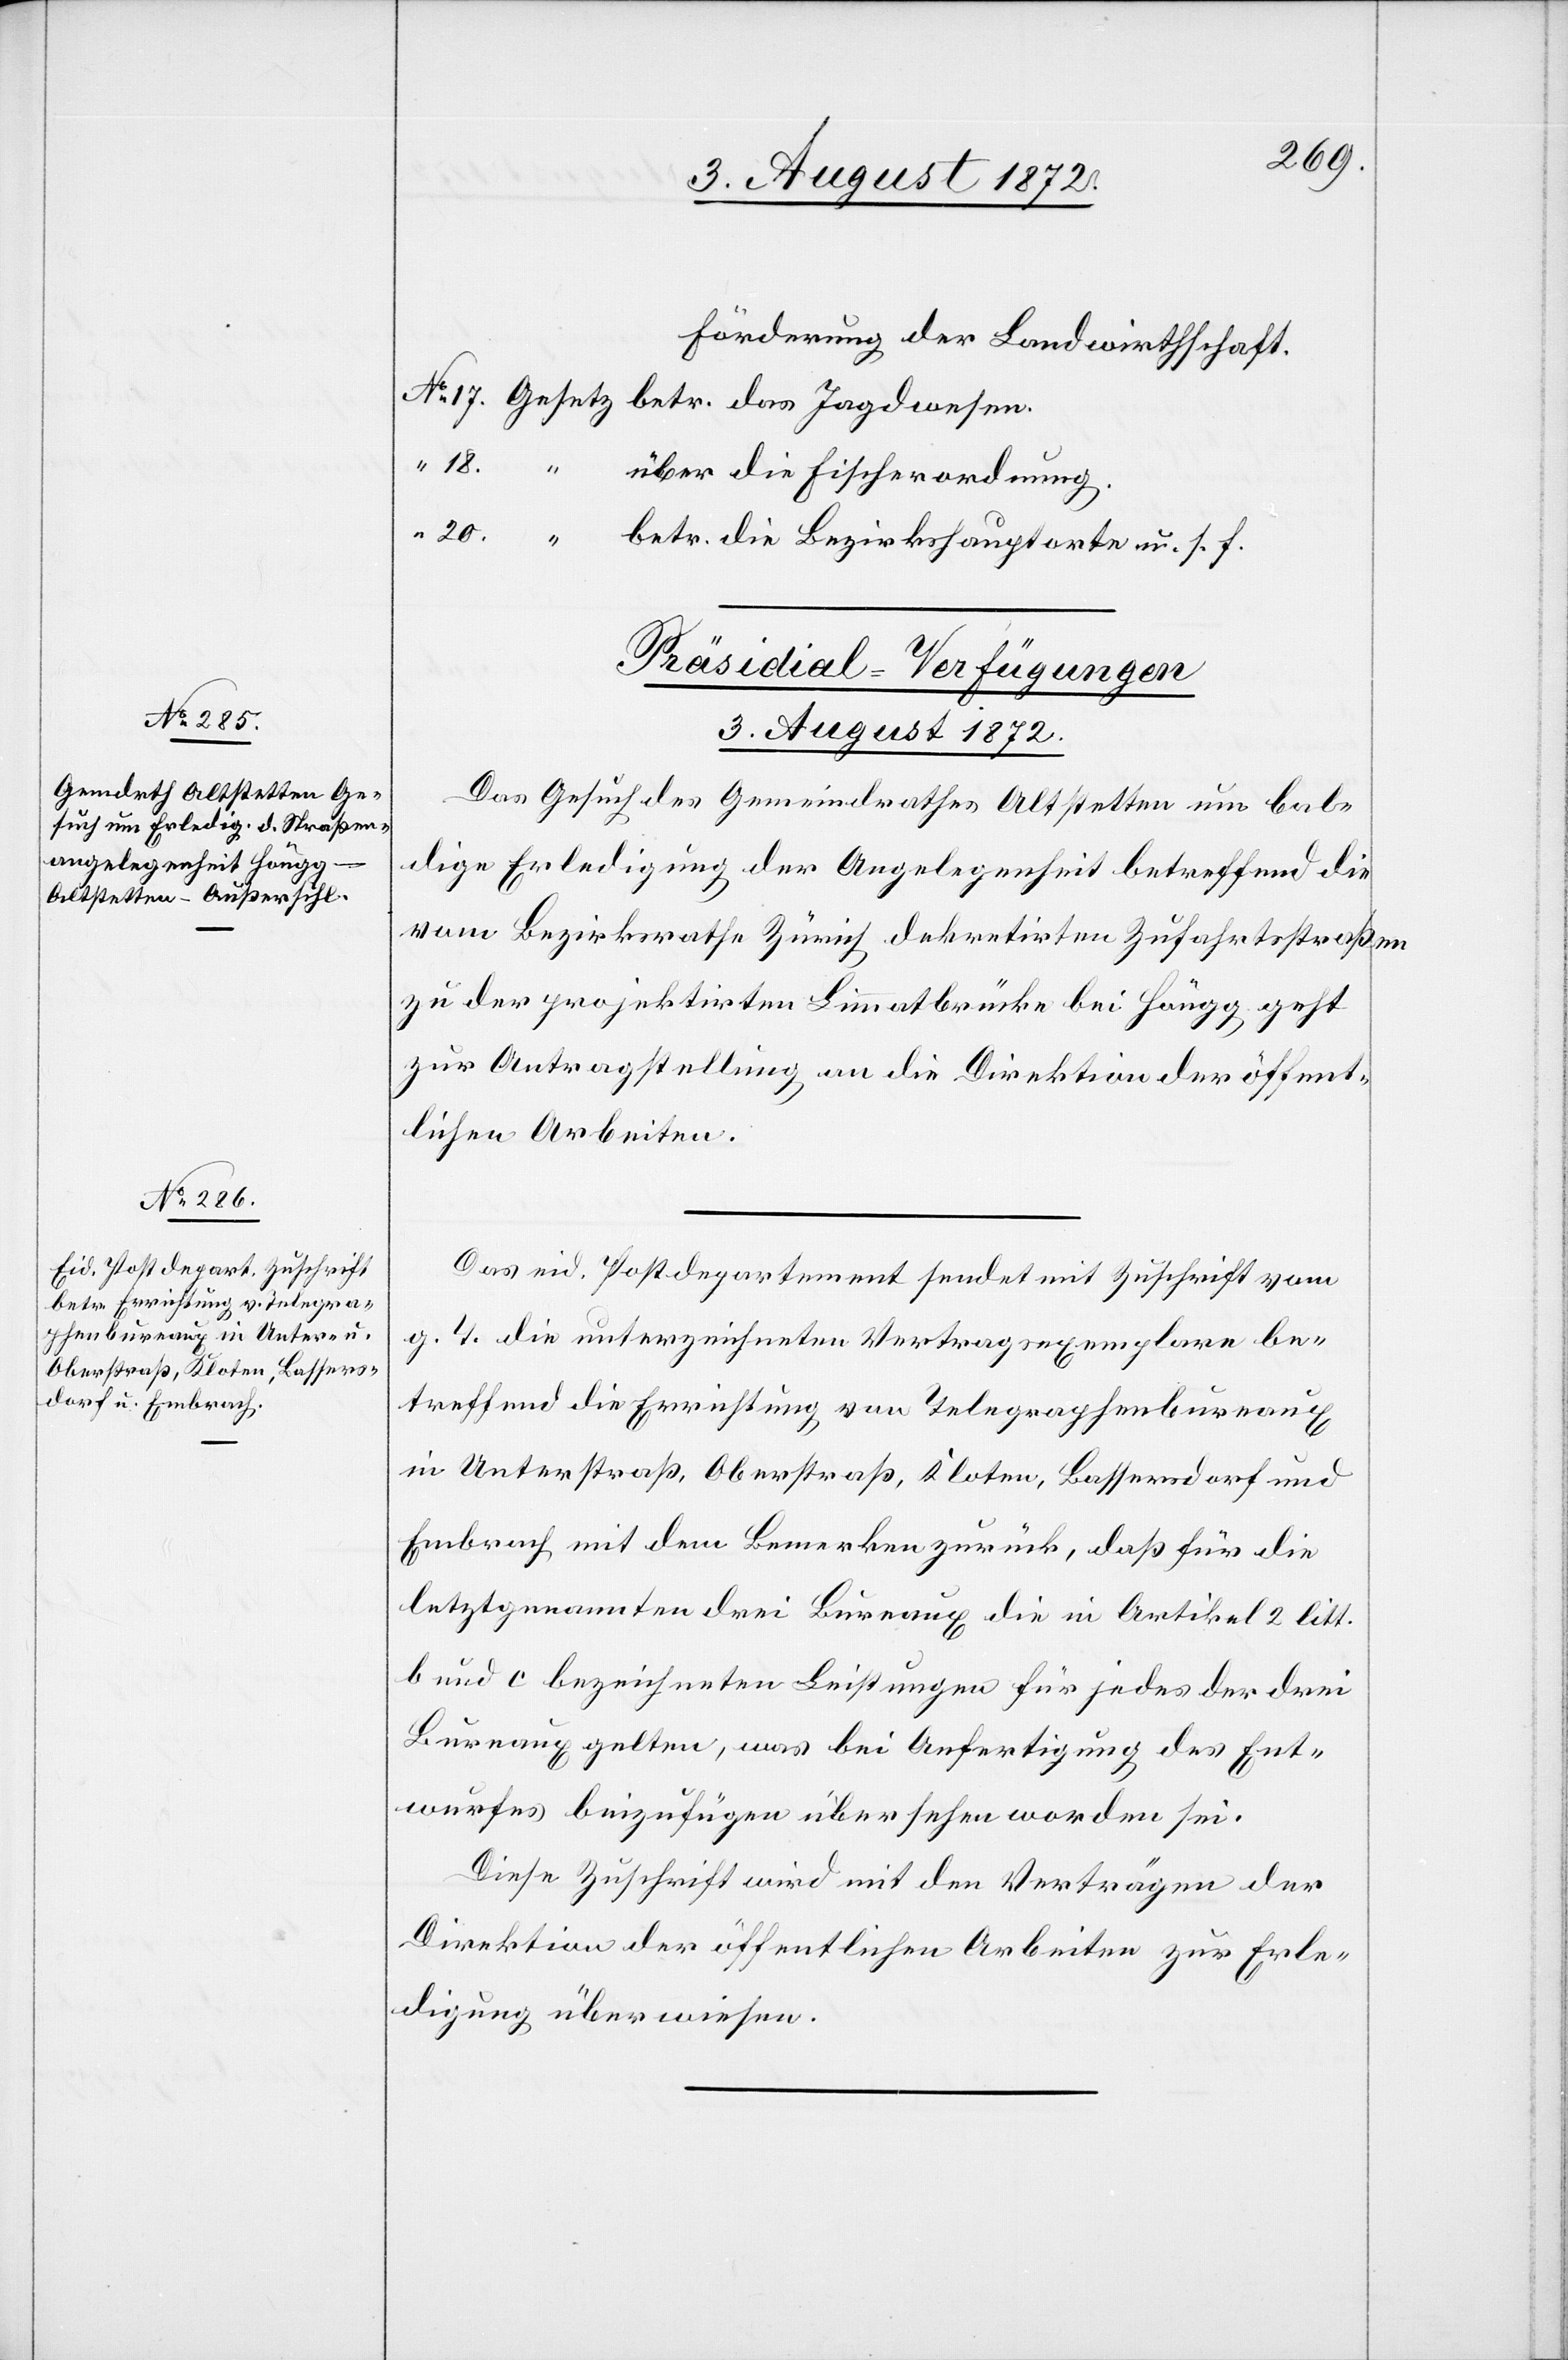
[Präsidial-Verfügungen
3. August 1872.]
Das Gesuch des Gemeindrathes Altstetten um bal¬
dige Erledigung der Angelegenheit betreffend die
vom Bezirksrathe Zürich dekretirten Zufahrtsstraßen
zu der projektirten Limmatbrücke bei Höngg geht
zur Antragstellung an die Direktion der öffent¬
lichen Arbeiten.
Das eid. Postdepartement sendet mit Zuschrift vom
g. T. die unterzeichneten Vertragsexemplare be¬
treffend die Errichtung von Telegraphenbureaux
in Unterstraß, Oberstraß, Kloten, Bassersdorf und
Embrach mit dem Bemerken zurück, daß für die
letztgenannten drei Bureaux die in Artikel 2 litt.
b und c bezeichneten Leistungen für jedes der drei
Bureaux gelten, was bei Anfertigung des Ent¬
wurfes beizufügen übersehen worden sei.
Diese Zuschrift wird mit dem Verträgen der
Direktion der öffentlichen Arbeiten zur Erle¬
digung überwiesen.